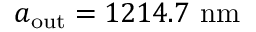
a _ { \mathrm { o u t } } = 1 2 1 4 . 7 \ \mathrm { n m }